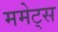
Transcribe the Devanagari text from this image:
ममेट्स